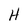
Character: H